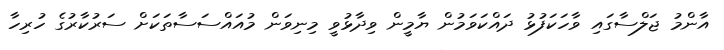
އާންމު ޖަލްސާގައި ވާހަކަފުޅު ދައްކަވަމުން ޔާމީން ވިދާޅުވީ މިނިވަން މުއައްސަސާތަކަށް ސަރުކާރުގެ ހުރިހާ